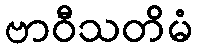
ဗာဝီသတိမံ